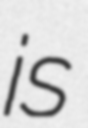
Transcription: is